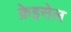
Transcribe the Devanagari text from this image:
क्रेइसेल